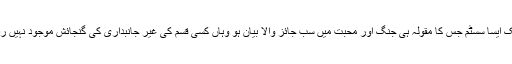
لیکن ایک ایسا سسٹم جس کا مقولہ ہی جنگ اور محبت میں سب جائز والا بیان ہو وہاں کسی قسم کی غیر جانبداری کی گنجائش موجود نہیں رہ سکتی۔